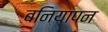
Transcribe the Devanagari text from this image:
बनियापन